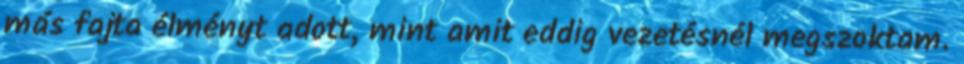
más fajta élményt adott, mint amit eddig vezetésnél megszoktam.